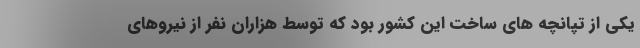
یکی از تپانچه های ساخت این کشور بود که توسط هزاران نفر از نیروهای